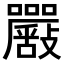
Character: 𡅴